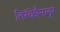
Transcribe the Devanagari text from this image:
तिरॅवेन्नैनलुर